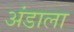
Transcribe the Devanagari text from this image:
अंडाला